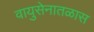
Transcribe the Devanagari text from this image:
वायुसेनातळास